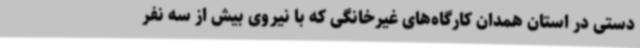
دستی در استان همدان کارگاه‌های غیرخانگی که با نیروی بیش از سه نفر